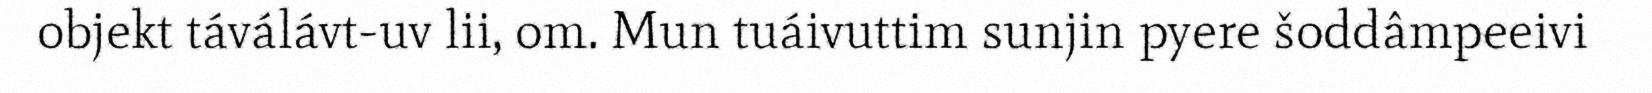
objekt táválávt-uv lii, om. Mun tuáivuttim sunjin pyere šoddâmpeeivi